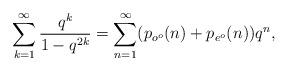
LaTeX: \begin{align*} \sum_{k=1}^\infty \frac{q^k}{1-q^{2k}}=\sum_{n=1}^{\infty} (p_{o^o}(n)+p_{e^o}(n)) q^n,\end{align*}